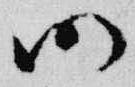
仍